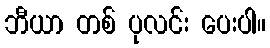
ဘီယာ တစ် ပုလင်း ပေးပါ။